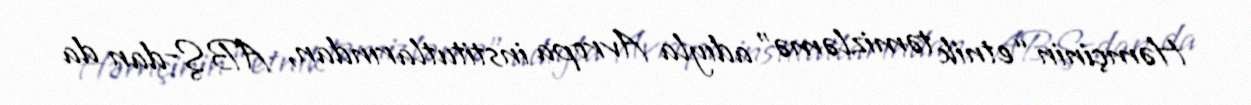
Həmçinin “etnik təmizləmə” adıyla Avropa institutlarından, ABŞ-dan da